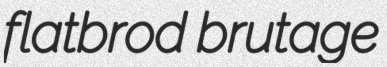
flatbrod brutage